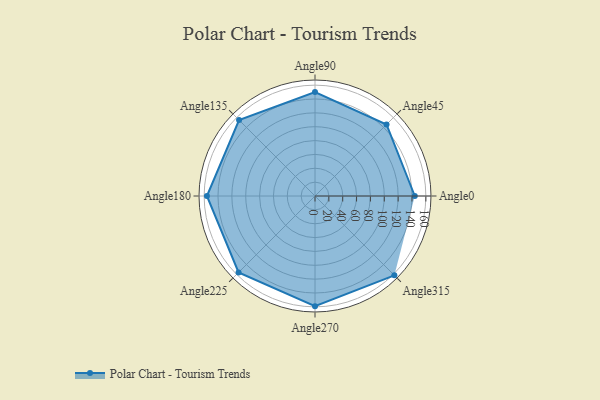
{"axis": {"x": "Angle", "y": "Radius"}, "legend": [""], "data": [{"x": "Angle0", "y": 144.0, "type": ""}, {"x": "Angle45", "y": 146.0, "type": ""}, {"x": "Angle90", "y": 150.0, "type": ""}, {"x": "Angle135", "y": 155.0, "type": ""}, {"x": "Angle180", "y": 156.0, "type": ""}, {"x": "Angle225", "y": 156.0, "type": ""}, {"x": "Angle270", "y": 159.0, "type": ""}, {"x": "Angle315", "y": 162.0, "type": ""}]}